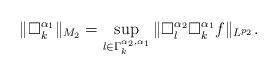
LaTeX: \begin{align*} \|\Box_k^{\alpha_1}\|_{M_2}=\sup_{l\in \Gamma_k^{\alpha_2,\alpha_1}}\|\Box_l^{\alpha_2}\Box_k^{\alpha_1}f\|_{L^{p_2}}.\end{align*}